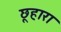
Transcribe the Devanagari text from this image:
छूहारा